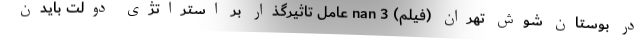
در بوستان شوش تهران (فیلم) nan 3 عامل تاثیرگذار بر استراتژی دولت بایدن